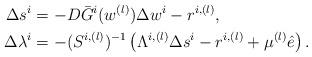
LaTeX: \begin{align*}\Delta s^i &= -D\bar{G}^i(w^{(l)})\Delta w^i- r^{i,(l)}_{},\\\Delta \lambda^i &= -(S^{i,(l)})^{-1}\left( \Lambda^{i,(l)}\Delta s^i - r^{i,(l)}_{}+\mu^{(l)}\hat{e} \right).\end{align*}